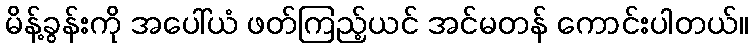
မိန့်ခွန်းကို အပေါ်ယံ ဖတ်ကြည့်ယင် အင်မတန် ကောင်းပါတယ်။